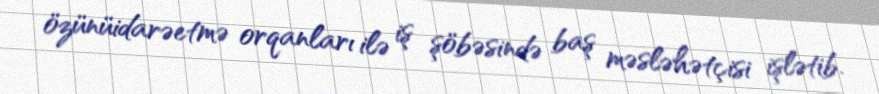
özünüidarəetmə orqanları ilə iş şöbəsində baş məsləhətçisi işlətib.